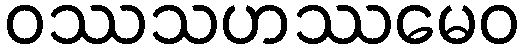
ဝဿသဟဿမေဝ